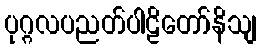
ပုဂ္ဂလပညတ်ပါဠိတော်နိသျ